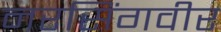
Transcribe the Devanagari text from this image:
नरसिंगवीर